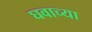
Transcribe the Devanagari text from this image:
घवाच्या